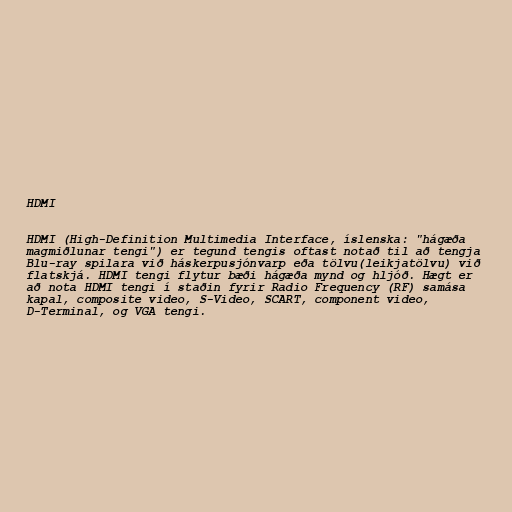
HDMI

HDMI (High-Definition Multimedia Interface, íslenska: "hágæða
magmiðlunar tengi") er tegund tengis oftast notað til að tengja
Blu-ray spilara við háskerpusjónvarp eða tölvu(leikjatölvu) við
flatskjá. HDMI tengi flytur bæði hágæða mynd og hljóð. Hægt er
að nota HDMI tengi í staðin fyrir Radio Frequency (RF) samása
kapal, composite video, S-Video, SCART, component video,
D-Terminal, og VGA tengi.